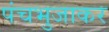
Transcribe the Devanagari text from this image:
पंचभुजाकर